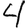
Digit: 4